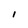
Character: I